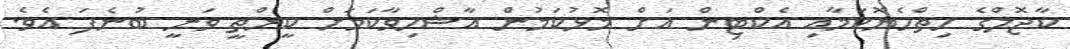
ކާޖޮލްގެ ހިތްހެޔޮކަމާއި އެކްޓިން އަށް މޮޅުކަމުން އާޝްހިވާކަމަށް ކީރްތީ ވަނީ ބުނެފަ އެވެ.